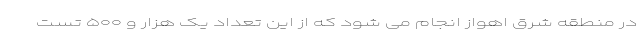
در منطقه شرق اهواز انجام می شود که از این تعداد یک هزار و ۵۰۰ تست